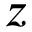
z